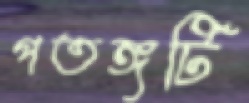
পতঙ্গটি